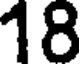
18